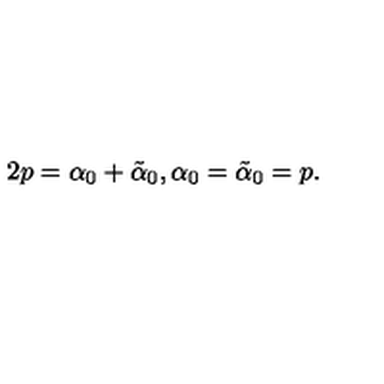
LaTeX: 2 p = \alpha _ { 0 } + \tilde { \alpha } _ { 0 } , \alpha _ { 0 } = \tilde { \alpha } _ { 0 } = p .